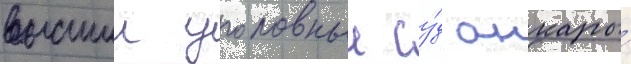
высшии уголовныи су́д анкары́